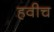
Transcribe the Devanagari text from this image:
हवीच